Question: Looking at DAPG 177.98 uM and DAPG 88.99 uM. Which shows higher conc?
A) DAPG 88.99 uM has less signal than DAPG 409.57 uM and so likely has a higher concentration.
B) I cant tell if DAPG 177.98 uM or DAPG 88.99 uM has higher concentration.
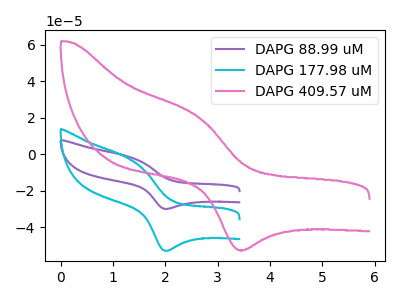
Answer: <think>The purple curve "DAPG 88.99 uM" has an anodic peak at (1.25V, -1.00uA) and a cathodic peak at (2.00V, -29.95uA). The cyan curve "DAPG 177.98 uM" has an anodic peak at (1.25V, -1.70uA) and a cathodic peak at (2.00V, -52.90uA). The pink curve "DAPG 409.57 uM" has an anodic peak at (2.65V, 20.50uA) and a cathodic peak at (3.50V, -52.55uA).
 All the peaks in "DAPG 177.98 uM" have a peak in "DAPG 88.99 uM" at the same potential.</think>
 <answer>B) I cant tell if "DAPG 177.98 uM" or "DAPG 88.99 uM" has higher concentration.</answer>
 <eval>B</eval>